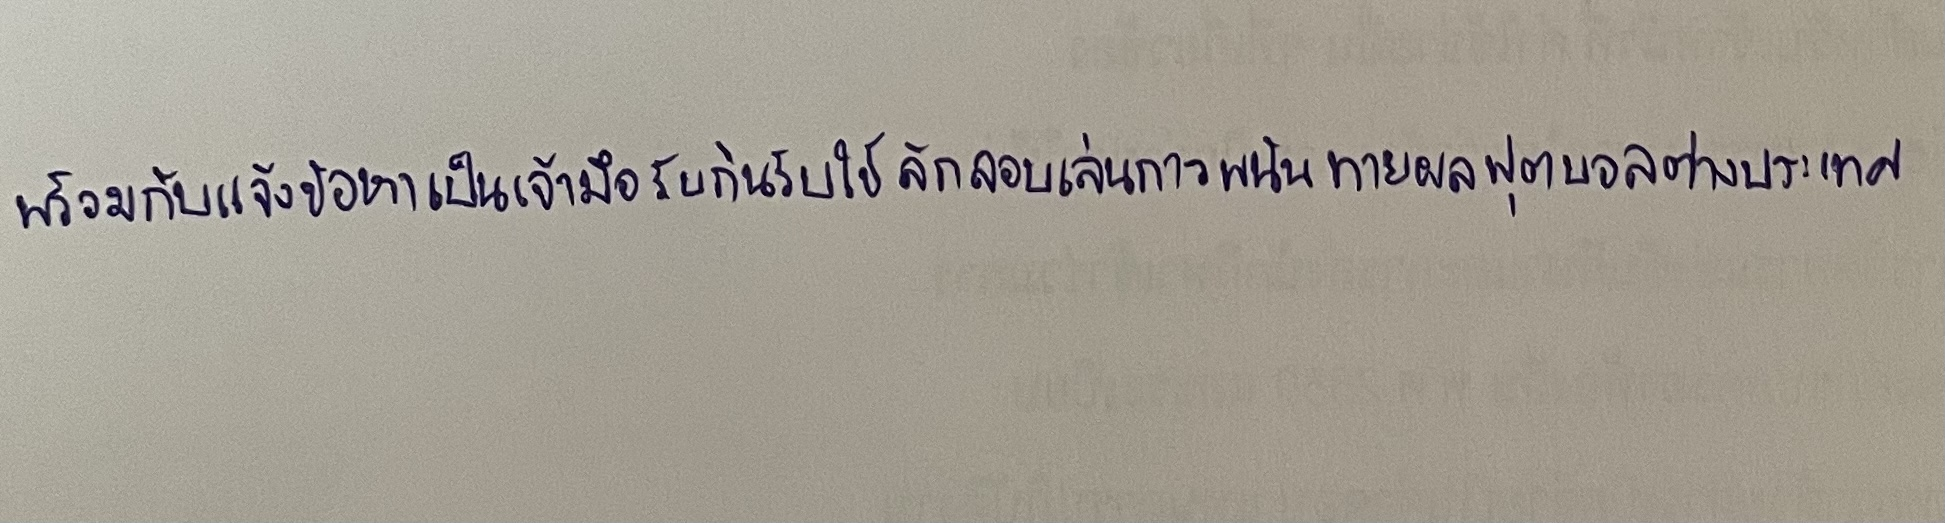
พร้อมกับแจ้งข้อหาเป็นเจ้ามือรับกินรับใช้ลักลอบเล่นการพนันทายผลฟุตบอลต่างประเทศ